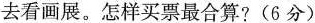
去看画展。怎样买票最合算?(6分)